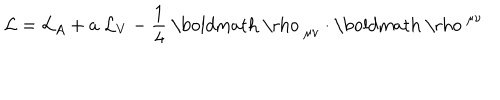
LaTeX: { \cal { L } } = { \cal { L } } _ { A } + a ~ { \cal { L } } _ { V } - \frac { 1 } { 4 } ~ \mathrm { \boldmath ~ \ r h o ~ } _ { \mu \nu } \cdot \mathrm { \boldmath ~ \ r h o ~ } ^ { \mu \nu }